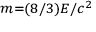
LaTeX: \scriptstyle { m = ( 8 / 3 ) E / c ^ { 2 } }